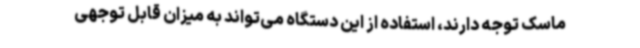
ماسک توجه دارند، استفاده از این دستگاه می‌تواند به میزان قابل توجهی